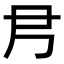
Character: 𡰴